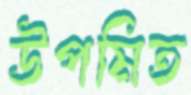
উপমিত